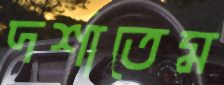
দর্শাতেম